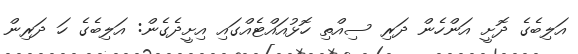
އަލިބެގެ ދޮށީ އަންހެން ދަރި ސިއްތި ހޮޅުއައްޓެއްގައި އިށީދެގެން: އަލިބެގެ ހަ ދަރިން